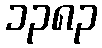
၁၃၈၃